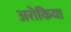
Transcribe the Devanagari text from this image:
अरोकिया